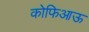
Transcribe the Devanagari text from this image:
कोफिआऊ